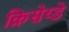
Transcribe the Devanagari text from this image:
क्रिसेय्डे